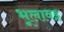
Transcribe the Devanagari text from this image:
भूलावइ